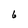
Character: 6